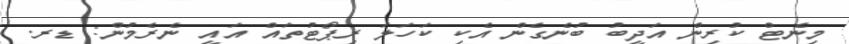
މިނެޓް ކުރިން އަދީބު ބުނެގެން އެކި ކަހަލަ ރިޕޯޓުތައް އައީ ނެރެމުން: ޑރ.